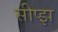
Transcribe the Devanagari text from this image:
सीप्झ